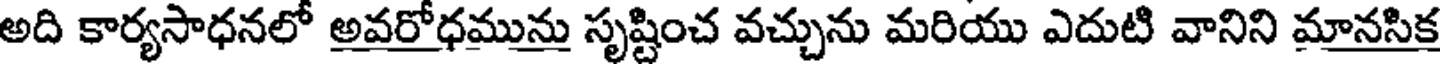
అది కార్యసాధనలో అవరోధమును సృష్టించ వచ్చును మరియు ఎదుటి వానిని మానసిక